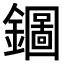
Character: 𨮢